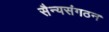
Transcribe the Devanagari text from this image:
सैन्यसंगठन